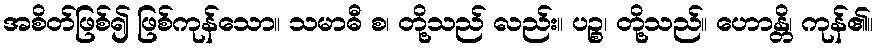
အစိတ်ဖြစ်၍ ဖြစ်ကုန်သော။ သမာဓီ စ၊ တို့သည် လည်း။ ပဉ္စ၊ တို့သည်။ ဟောန္တိ၊ ကုန်၏။